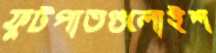
ফুটপাতগুলোইশ